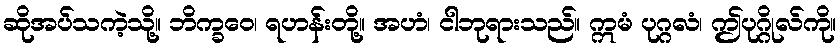
ဆိုအပ်သကဲ့သို့။ ဘိက္ခဝေ၊ ရဟန်းတို့။ အဟံ၊ ငါဘုရားသည်။ ဣမံ ပုဂ္ဂလံ၊ ဤပုဂ္ဂိုလ်ကို။